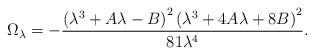
LaTeX: \begin{align*}\Omega_{\lambda} = -\frac{\left(\lambda^3 + A\lambda - B\right)^2\left(\lambda^3 + 4A\lambda + 8B\right)^2}{81\lambda^4}.\end{align*}